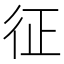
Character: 征